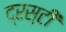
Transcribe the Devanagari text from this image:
द्रस्टी